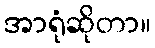
အာရုံဆိုတာ။